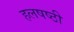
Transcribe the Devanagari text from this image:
हलषष्ठी